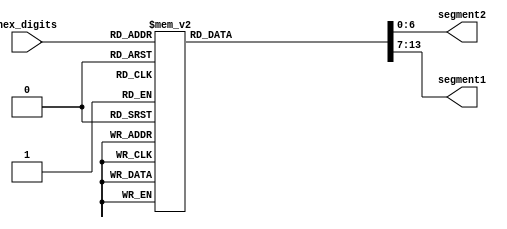
// Displays 5-bit number (0-1F) on 2 HEX

module hx2display (hex_digits, segment2, segment1);
  input [4:0] hex_digits;
  output reg [6:0] segment1, segment2;

  always @ ( * )
    case (hex_digits)
      5'h0: begin
          segment2 = 7'b100_0000;
          segment1 = 7'b100_0000;
      end
      5'h1: begin
          segment2 = 7'b100_0000;
          segment1 = 7'b111_1001;
      end
      5'h2: begin
          segment2 = 7'b100_0000;
          segment1 = 7'b010_0100;
      end
      5'h3: begin
          segment2 = 7'b100_0000;
          segment1 = 7'b011_0000;
      end
      5'h4: begin
          segment2 = 7'b100_0000;
          segment1 = 7'b001_1001;
      end
      5'h5: begin
          segment2 = 7'b100_0000;
          segment1 = 7'b001_0010;
      end
      5'h6: begin
          segment2 = 7'b100_0000;
          segment1 = 7'b000_0010;
      end
      5'h7: begin
          segment2 = 7'b100_0000;
          segment1 = 7'b111_1000;
      end
      5'h8: begin
          segment2 = 7'b100_0000;
          segment1 = 7'b000_0000;
      end
      5'h9: begin
          segment2 = 7'b100_0000;
          segment1 = 7'b001_1000;
      end
      5'hA: begin
          segment2 = 7'b100_0000;
          segment1 = 7'b000_1000;
      end
      5'hB: begin
          segment2 = 7'b100_0000;
          segment1 = 7'b000_0011;
      end
      5'hC: begin
          segment2 = 7'b100_0000;
          segment1 = 7'b100_0110;
      end
      5'hD: begin
          segment2 = 7'b100_0000;
          segment1 = 7'b010_0001;
      end
      5'hE: begin
          segment2 = 7'b100_0000;
          segment1 = 7'b000_0110;
      end
      5'hF: begin
          segment2 = 7'b100_0000;
          segment1 = 7'b000_1110;
      end
      5'h10: begin
          segment2 = 7'b111_1001;
          segment1 = 7'b100_0000;
      end
      5'h11: begin
          segment2 = 7'b111_1001;
          segment1 = 7'b111_1001;
      end
      5'h12: begin
          segment2 = 7'b111_1001;
          segment1 = 7'b010_0100;
      end
      5'h13: begin
          segment2 = 7'b111_1001;
          segment1 = 7'b011_0000;
      end
      5'h14: begin
          segment2 = 7'b111_1001;
          segment1 = 7'b001_1001;
      end
      5'h15: begin
          segment2 = 7'b111_1001;
          segment1 = 7'b001_0010;
      end
      5'h16: begin
          segment2 = 7'b111_1001;
          segment1 = 7'b000_0010;
      end
      5'h17: begin
          segment2 = 7'b111_1001;
          segment1 = 7'b111_1000;
      end
      5'h18: begin
          segment2 = 7'b111_1001;
          segment1 = 7'b000_0000;
      end
      5'h19: begin
          segment2 = 7'b111_1001;
          segment1 = 7'b001_1000;
      end
      5'h1A: begin
          segment2 = 7'b111_1001;
          segment1 = 7'b000_1000;
      end
      5'h1B: begin
          segment2 = 7'b111_1001;
          segment1 = 7'b000_0011;
      end
      5'h1C: begin
          segment2 = 7'b111_1001;
          segment1 = 7'b100_0110;
      end
      5'h1D: begin
          segment2 = 7'b111_1001;
          segment1 = 7'b010_0001;
      end
      5'h1E: begin
          segment2 = 7'b111_1001;
          segment1 = 7'b000_0110;
      end
      5'h1F: begin
          segment2 = 7'b111_1001;
          segment1 = 7'b000_1110;
      end
      default: begin
          segment1 = 7'h7f;
          segment2 = 7'h7f;
      end
    endcase

endmodule // hx2display

module hxdisplay(hex_digit, segments);
    input [3:0] hex_digit;
    output reg [6:0] segments;

    always @(*)
        case (hex_digit)
            4'h0: segments = 7'b100_0000;
            4'h1: segments = 7'b111_1001;
            4'h2: segments = 7'b010_0100;
            4'h3: segments = 7'b011_0000;
            4'h4: segments = 7'b001_1001;
            4'h5: segments = 7'b001_0010;
            4'h6: segments = 7'b000_0010;
            4'h7: segments = 7'b111_1000;
            4'h8: segments = 7'b000_0000;
            4'h9: segments = 7'b001_1000;
            4'hA: segments = 7'b000_1000;
            4'hB: segments = 7'b000_0011;
            4'hC: segments = 7'b100_0110;
            4'hD: segments = 7'b010_0001;
            4'hE: segments = 7'b000_0110;
            4'hF: segments = 7'b000_1110;
            default: segments = 7'h7f;
        endcase
endmodule